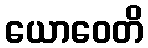
ယောဝေတိ